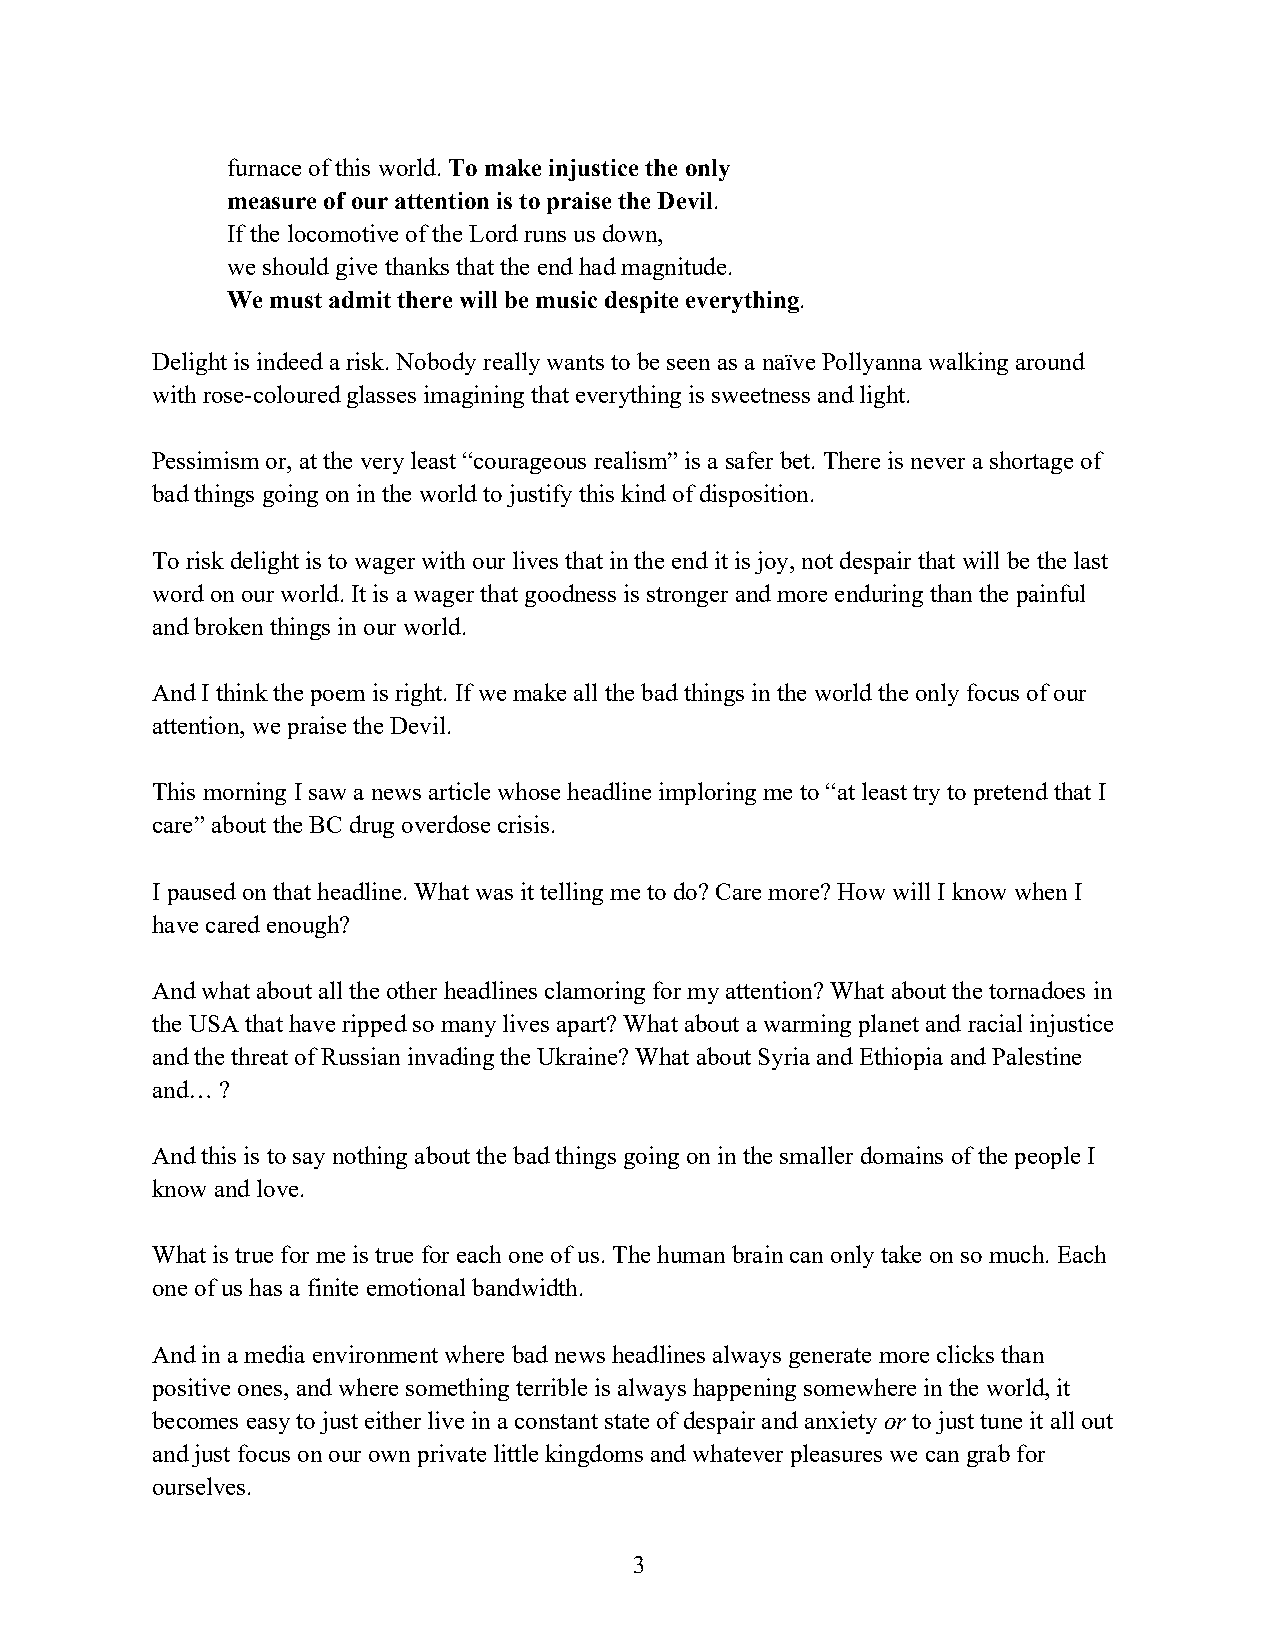
furnace of this world. To make injustice the only
 measure of our attention is to praise the Devil.
 If the locomotive of the Lord runs us down,
 we should give thanks that the end had magnitude.
 We must admit there will be music despite everything.
 Delight is indeed a risk. Nobody really wants to be seen as a naïve Pollyanna walking around
 with rose-coloured glasses imagining that everything is sweetness and light.
 Pessimism or, at the very least “courageous realism” is a safer bet. There is never a shortage of
 bad things going on in the world to justify this kind of disposition.
 To risk delight is to wager with our lives that in the end it is joy, not despair that will be the last
 word on our world. It is a wager that goodness is stronger and more enduring than the painful
 and broken things in our world.
 And I think the poem is right. If we make all the bad things in the world the only focus of our
 attention, we praise the Devil.
 This morning I saw a news article whose headline imploring me to “at least try to pretend that I
 care” about the BC drug overdose crisis.
 I paused on that headline. What was it telling me to do? Care more? How will I know when I
 have cared enough?
 And what about all the other headlines clamoring for my attention? What about the tornadoes in
 the USA that have ripped so many lives apart? What about a warming planet and racial injustice
 and the threat of Russian invading the Ukraine? What about Syria and Ethiopia and Palestine
 and… ?
 And this is to say nothing about the bad things going on in the smaller domains of the people I
 know and love.
 What is true for me is true for each one of us. The human brain can only take on so much. Each
 one of us has a finite emotional bandwidth.
 And in a media environment where bad news headlines always generate more clicks than
 positive ones, and where something terrible is always happening somewhere in the world, it
 becomes easy to just either live in a constant state of despair and anxiety or to just tune it all out
 and just focus on our own private little kingdoms and whatever pleasures we can grab for
 ourselves.
 3